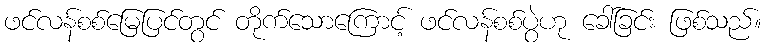
ဖင်လန်စစ်မြေပြင်တွင် တိုက်သောကြောင့် ဖင်လန်စစ်ပွဲဟု ခေါ်ခြင်း ဖြစ်သည်။